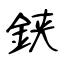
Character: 𨦇